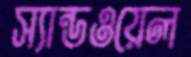
স্যান্ডওয়েল